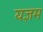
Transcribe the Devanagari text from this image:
यज्ञम